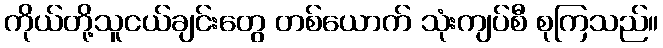
ကိုယ်တို့သူငယ်ချင်းတွေ တစ်ယောက် သုံးကျပ်စီ စုကြသည်။